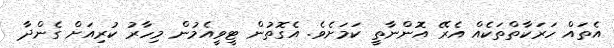
އެތައް ހަރަކާތްތަކެއް އެރޭ އޮންނާތީ ކަމަށެވެ. އެގޮތުން ޓީވީއެމުން މިހާރު ކުރިއަށް ގެންދާ